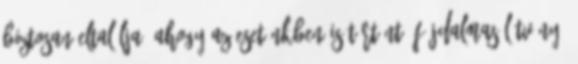
biztosan eltalálja, ahogy az esetünkben is történt. Fájdalmas látvány,